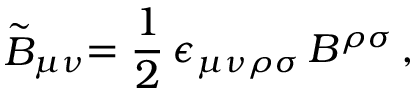
\stackrel { \sim } { B } _ { \mu \nu } = \frac { 1 } { 2 } \, \epsilon _ { \mu \nu \rho \sigma } \, B ^ { \rho \sigma } \, ,